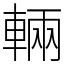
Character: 輛